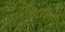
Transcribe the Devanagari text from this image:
स्टब्ब्लफील्ड